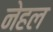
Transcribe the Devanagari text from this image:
नेहल